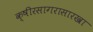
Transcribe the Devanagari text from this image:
क्षीरसागरासारखा